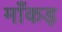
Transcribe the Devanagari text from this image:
माँकड़